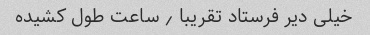
خیلی دیر فرستاد تقریبا ٫ ساعت طول کشیده